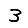
Digit: 3